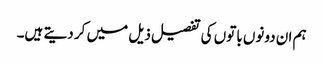
ہم ان دونوں باتوں کی تفصیل ذیل میں کر دیتے ہیں۔